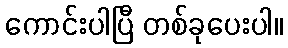
ကောင်းပါပြီ တစ်ခုပေးပါ။